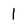
Character: 1